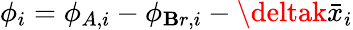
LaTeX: \phi_{i}=\phi_{A,i}-\phi_{\mathbf{B}r,i}-\deltak\bar{{x}}_{i}